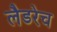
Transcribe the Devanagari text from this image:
लैडरेच